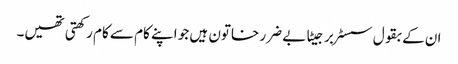
ان کے بقول سسٹر برجیٹا بے ضرر خاتون ہیں جو اپنے کام سے کام رکھتی تھیں۔